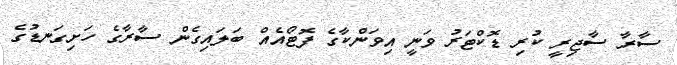
ސާރާ ސާޖިރީ ކުރި ޑޮކްޓަރު ވަނީ އިވަންކާގެ ފޮޓޯއެއް ބަލައިގެން ސާރާގެ ހަށިގަނޑުގެ